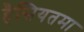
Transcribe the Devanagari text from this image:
हैसियतमा